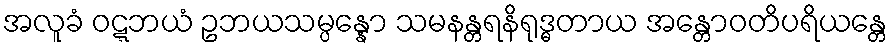
အလူခံ ဝဋ္ဋဘယံ ဥဘယသမ္ပန္နော သမနန္တရနိရုဒ္ဓတာယ အန္တောဝတိပရိယန္တေ